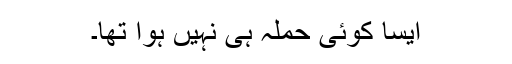
ایسا کوئی حملہ ہی نہیں ہوا تھا۔